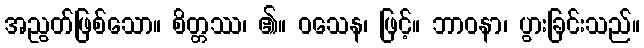
အညွတ်ဖြစ်သော။ စိတ္တဿ၊ ၏။ ဝသေန၊ ဖြင့်။ ဘာဝနာ၊ ပွားခြင်းသည်။